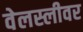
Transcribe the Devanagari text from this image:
वेलस्लीवर